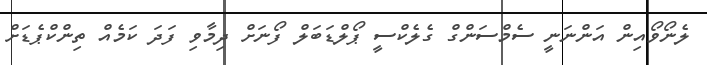
ލެނޯވޯއިން އަންނަނީ ސެމްސަންގް ގެލެކްސީ ޕޯލްޑަބަލް ފޯނަށް ދިމާވި ފަދަ ކަމެއް ތިންކްޕެޑަށް